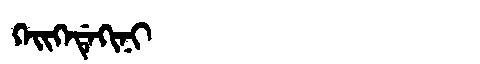
Manchu: ᡴᡝᡳᡴᡝᡩᡝᡴᡳᠨᡳ
Romanization: KEIKEDEKINI